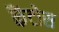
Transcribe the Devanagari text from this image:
कैंटोस